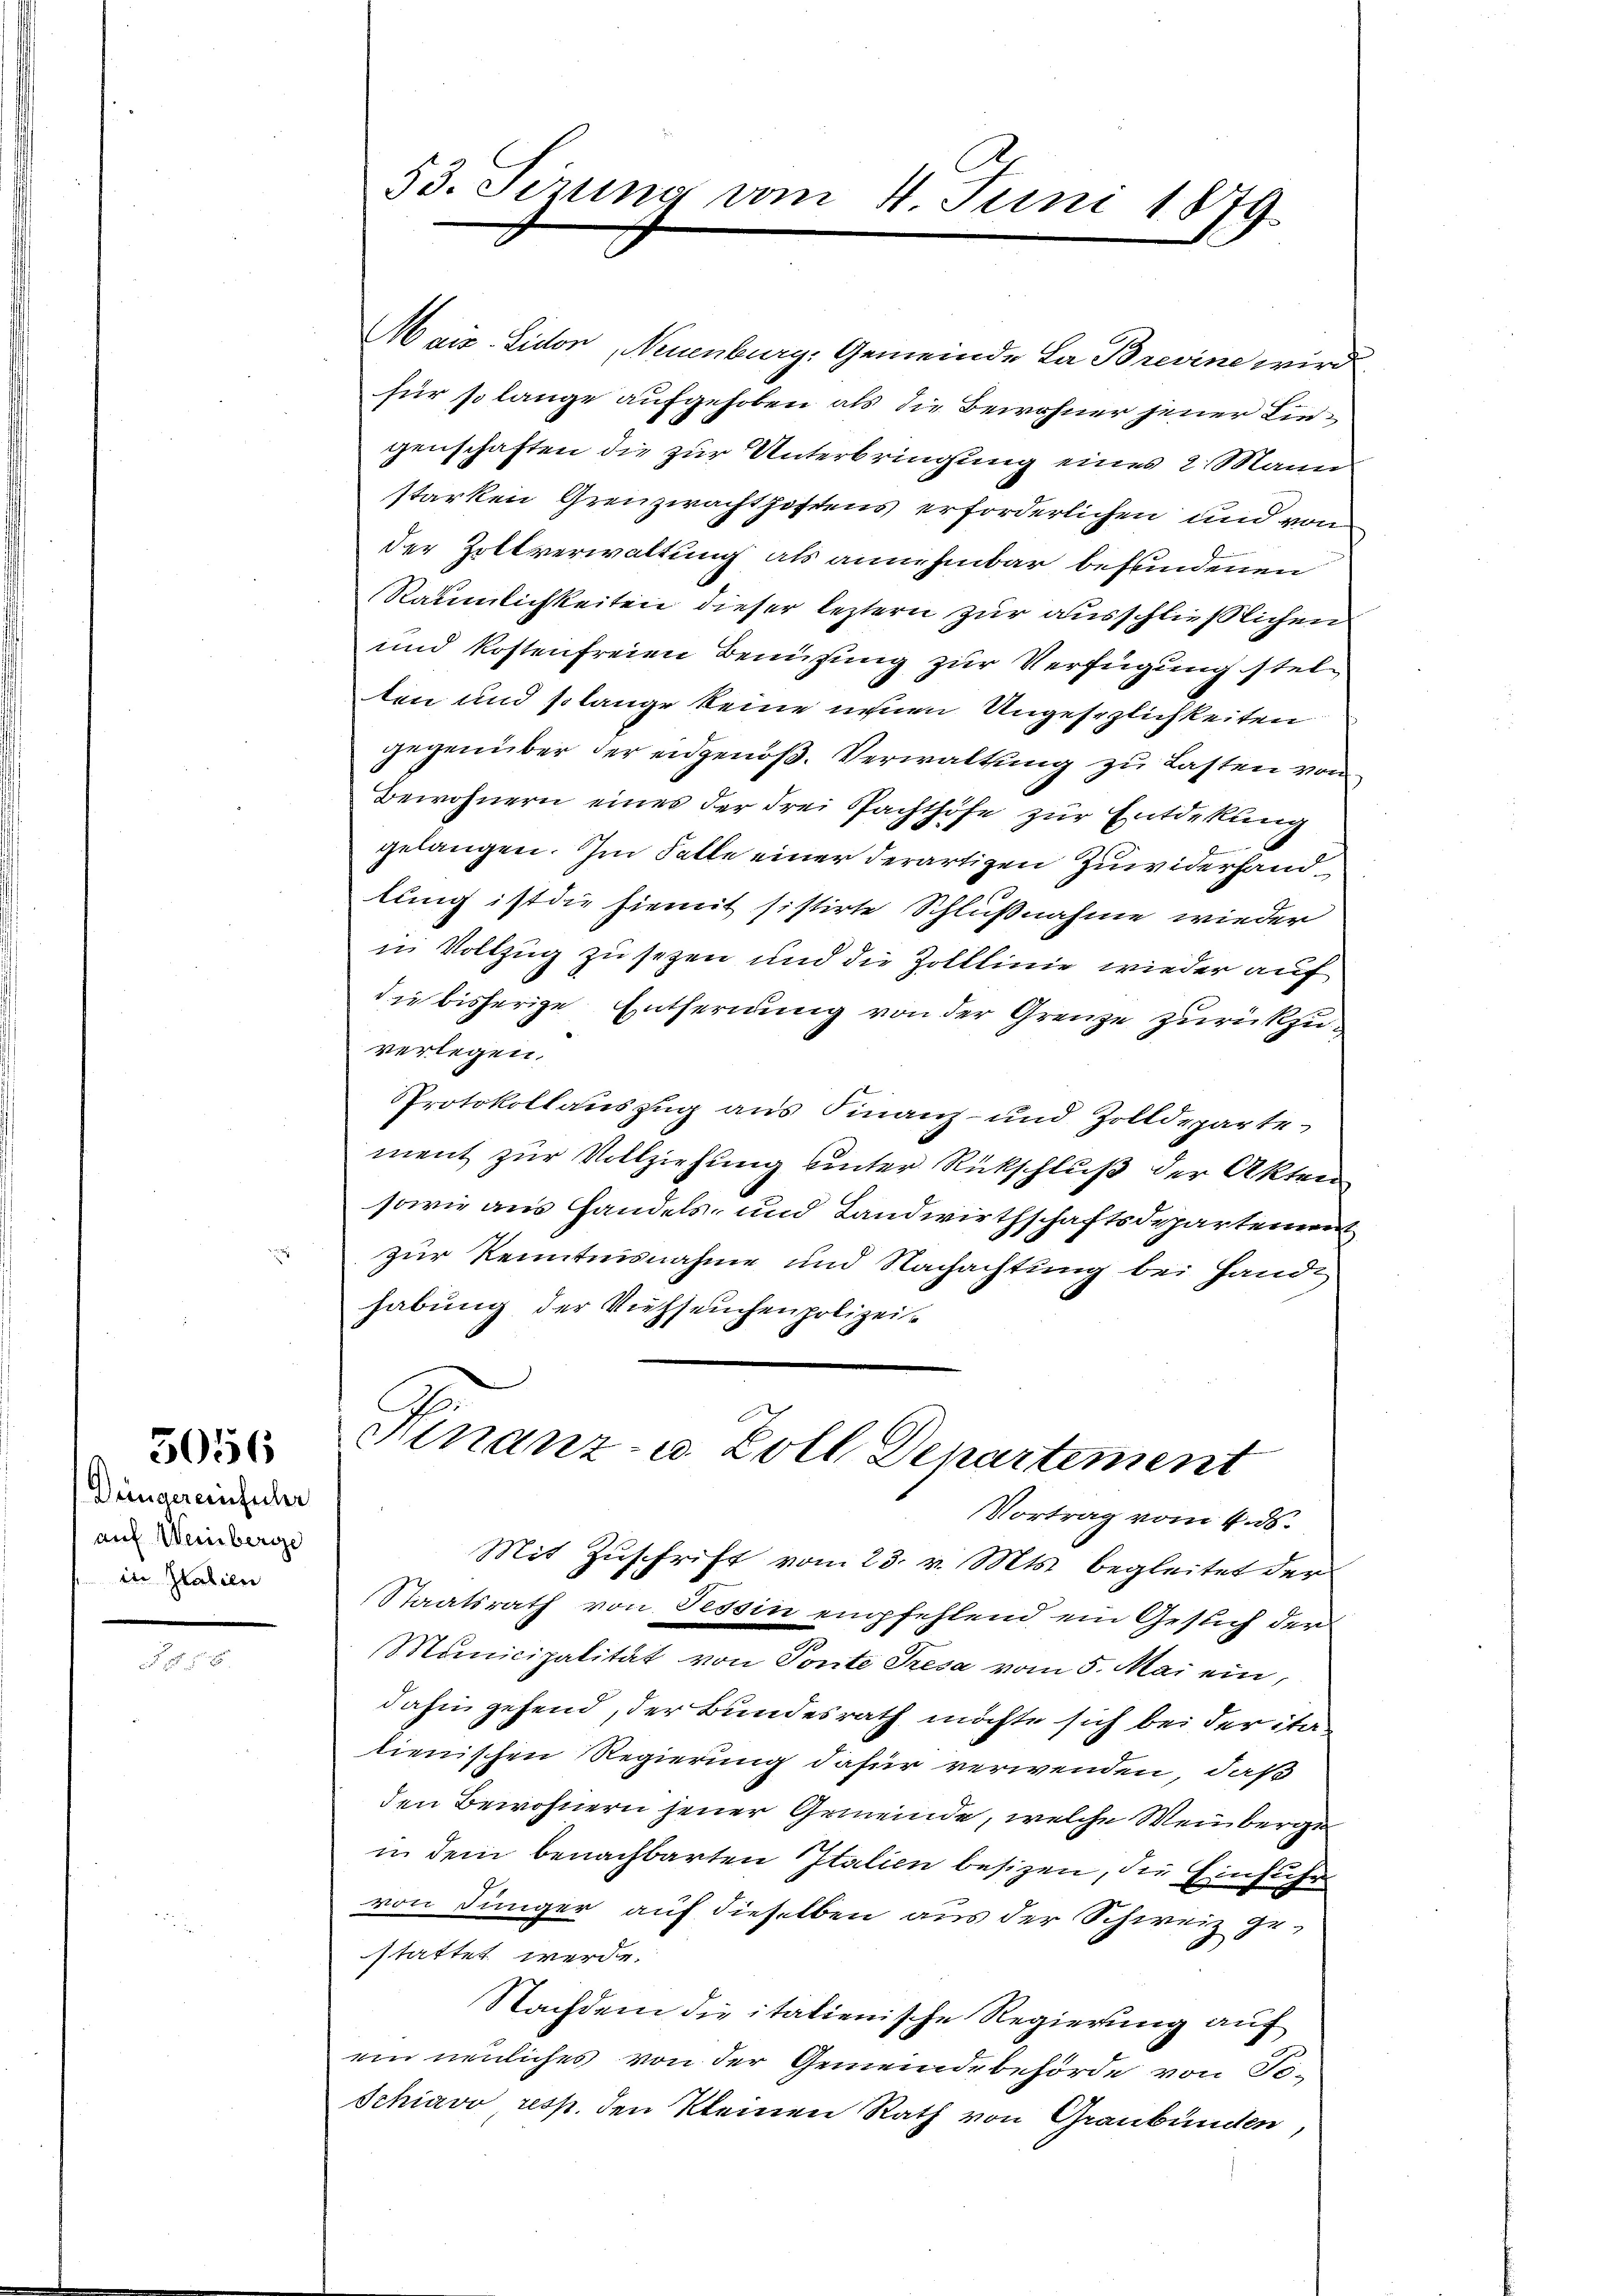
5056

Dringereinführ
auf Weinberge
in Stabeln

53. Sizung am 4. Juni 1879

Mais-Lidon, Neuenburg, Gemeinde La Brevine wird
für so lange aufgehoben als die Bewohner jener Liegenschaften die zur Unterbringung eines 2 Mann
starken Grenzwachthostens erforderlichen und von
der Zollverwaltung als annehmbar befundenen
Räumlichkeiten dieser leztern zur ausschließlichen
und kostenfreien Bemühung zur Verfügung stelten und solange keine neuen Ungesezlichkeiten
gegenüber der eidgenoß. Verwaltung zu Lasten von
Bewohnern eines der drei Pachthöfe zur Entdekung
gelangen. Im Falle einer derartizen Zuwiderhand
lung ist die hiemit sistirte Schlußnahme wieder
in Vollzug zu sezen und die Zolllinie wieder auf
die bisherige Entfernung von der Grenze zurückzuverlegen.
Protokollauszug aus Finanz- und Zolldeparte
ment zur Vollziehung unter Rückschluß der Akten
sowie aus andels- und Landwirthschaftsdepartement
zur Kenntnisnahme und Nachachtung bei Hande
habung der Viehseuchen polizei¬
G
Finanz- u. Zoll Departement
Vortrag vom 4. ds.
Mit Zuschrift vom 23. v. Mts. begleitet der
Staatsrath von Tessin empfehlend ein Geslich der
Municipalität von Tonte Tresa vom 5. Mai ein,
dahin gehend, der Bundesrath möchte sich bei der ita-
tienischen Regierung dafür verwenden, daß
den Bewohnern jener Gemeinde, welche Weinberge
in dem benachbarten Italien besizen, die Einführ
von Jünger auf dieselben aus der Schweiz gestattet werde.
Nachdem die italienische Regierung auf
ein neuliches von der Gemeindebehörde von Fi-
Schiavo resp. den kleinen Rath von Graubünden,